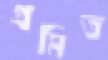
প্রমিত